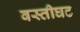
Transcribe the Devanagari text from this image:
वस्तीघट